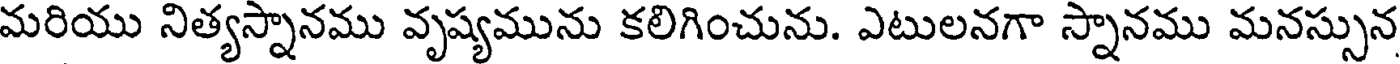
మరియు నిత్యస్నానము వృష్యమును కలిగించును. ఎటులనగా స్నానము మనస్సున